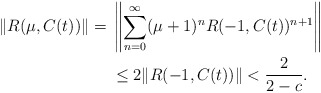
\begin{align*}\|R(\mu,C(t))\| ={}& \left\|\sum_{n=0}^{\infty} (\mu+1)^{n}R(-1,C(t))^{n+1}\right\|\\{}&\leq 2\|R(-1,C(t))\| < \frac{2}{2-c}. \end{align*}